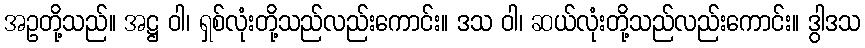
အဥတို့သည်။ အဋ္ဌ ဝါ၊ ရှစ်လုံးတို့သည်လည်းကောင်း။ ဒသ ဝါ၊ ဆယ်လုံးတို့သည်လည်းကောင်း။ ဒွါဒသ